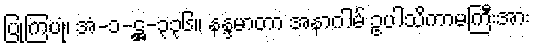
ပြုကြပုံ၊ အံ-၁-ဋ္ဌ-၃၃၆။ နန္ဒမာတာ အနာဂါမ် ဥပါသိကာမကြီးအား